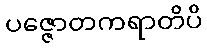
ပဇ္ဇောတကရာတိပိ